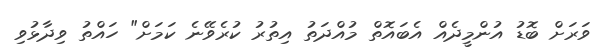
ވަރަށް ބޮޑު އުންމީދެއް އެބައޮތް މުއްދަތު އިތުރު ކުރެވޭނެ ކަމަށް" ހައްތު ވިދާޅުވި